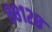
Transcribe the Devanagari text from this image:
८८१२८